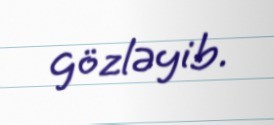
gözləyib.